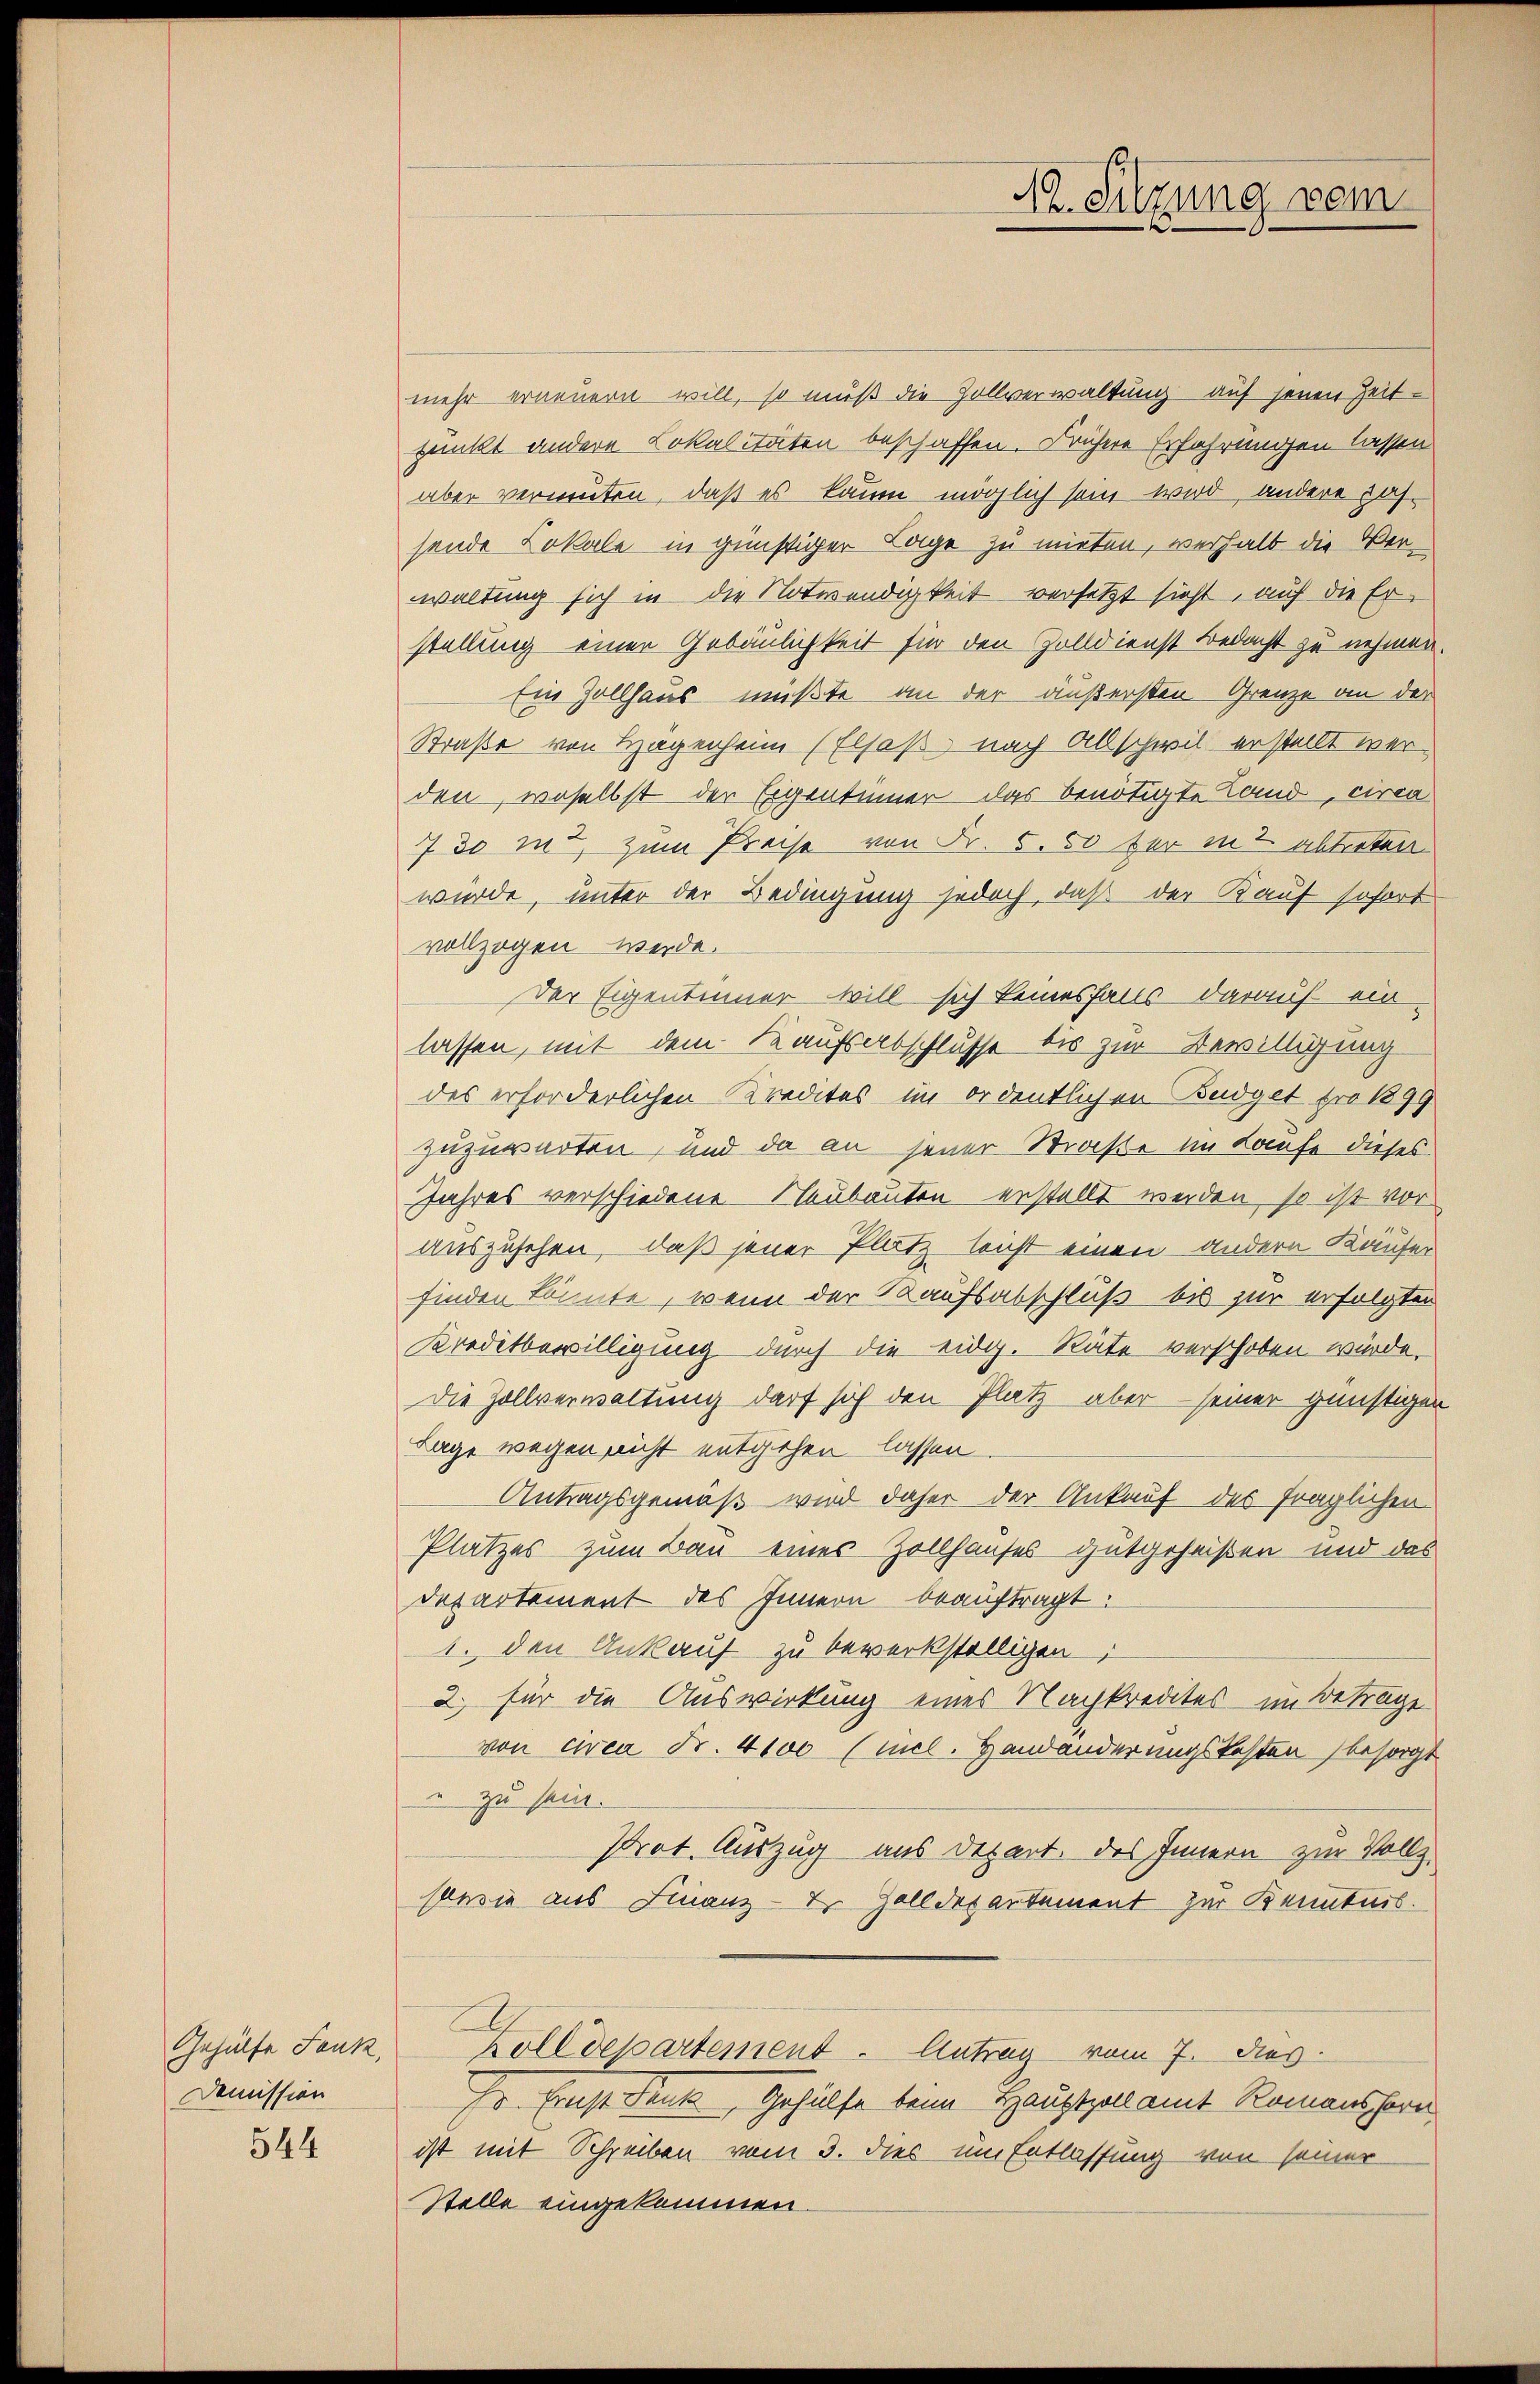
Gehülfe Jauk,
Demission

544

mehr erneuern will, so muß die Zollverwaltung auf jenen Zeitpunkt andere Lokalitäten beschaffen. Frühere Erfahrungen lassen
aber vermuten, daß es kaum möglich sein wird, andere passende Lokale in günstiger Lage zu mieten, verhalb die Verwaltung sich in die Notwendigkeit versetzt sieht, auf die Erstellung einer Gebäulichkeit für den Zolldienst Bedacht zu nehmen.
Ein Zollhaus mußte an der äußersten Grenze an der
Straße von Hagenheim Elsaß nach Allschwil erstellt werden, woselbst der Eigentümer das benötigte Land, circa
7 30 in zum Preise von Fr. 5. 50 für in 2 abtreten
wurde, unter der Bedingung jedoch, daß der Kauf sofort
vollzogen werde.
Der Eigentinner will sich keinesfalls darauf einlassen, mit dem Kaufsabschlusse bis zur Bewilligung
des erforderlichen Kredites im ordentlichen Budget pro 1899
zuzuwarten, und da an jener Straße im Laufe dieses
Jahres verschiedene Neubauten erstellt werden, so ist vor
auszusehen, daß jener Platz leicht einen andern Käufer
finden könnte, wenn der Kaufsabschluß bis zur erfolgten
Kreditbewilligung durch die eidg. Räte verschoben würde,
Die Zollverwaltung darf sich den Platz aber seiner günstigen
Lage wegen nicht entgehen lassen.
Antragsgemäß wird daher der Ankauf des fraglichen
Platzes zum Bau eines Zollhauses gutgeheißen und das
Departement des Innern beauftragt.
1. den Ankauf zu bewerkstelligen;
2. für die Auswirkung eines Nachkredites im Beträge
von circa Fr. 4100 (mel. Handänderungskosten besorgt
" zu sein.
Prot. Auszug aus Depart. des Innern zur Vollz
soesie aus Finanz-Dr. Zolldepartement zur Kenntnis.
Zolldepartement. Antrag vom 7. dies
Hr. Ernst denk, Gehülfe beim Hauptzollamt Romanshorn
ist mit Schreiben vom 3. dies im Entlassung von seiner
Stelle eingekommen.

22. Sitzung vom